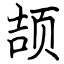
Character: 颉